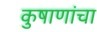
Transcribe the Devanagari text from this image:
कुषाणांचा